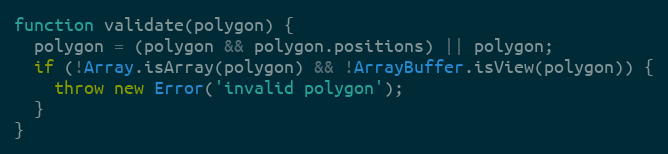
Language: JavaScript
function validate(polygon) {
  polygon = (polygon && polygon.positions) || polygon;
  if (!Array.isArray(polygon) && !ArrayBuffer.isView(polygon)) {
    throw new Error('invalid polygon');
  }
}